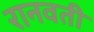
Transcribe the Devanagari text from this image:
रानवती